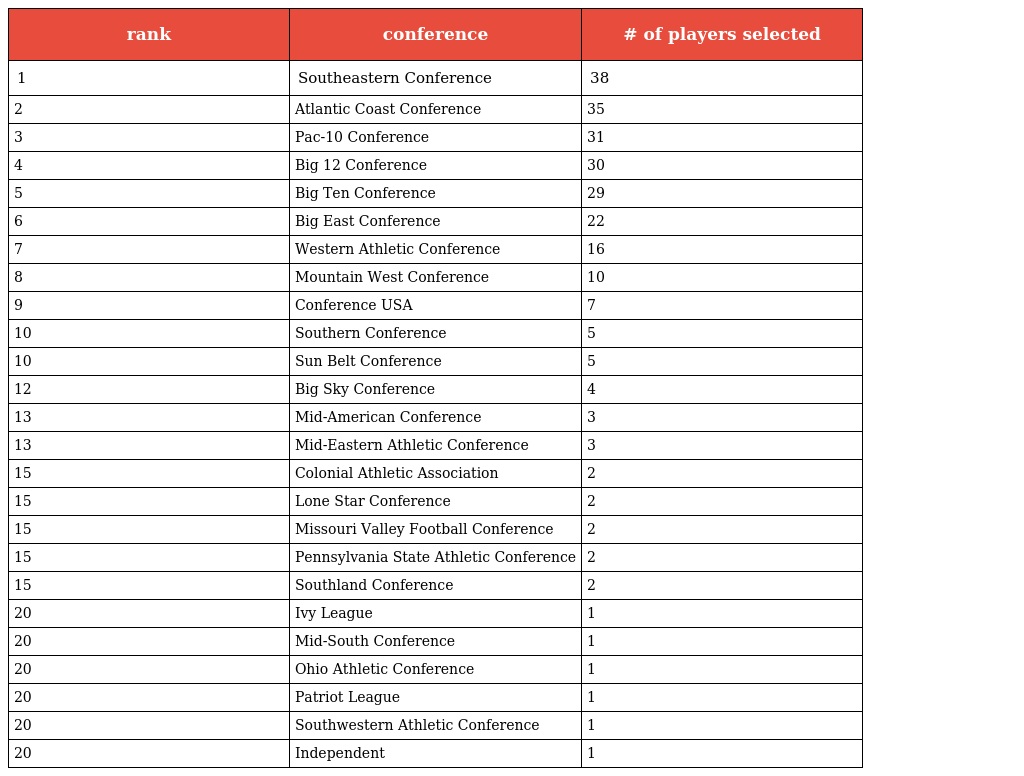
| rank | conference | # of players selected |
 | --- | --- | --- |
 | 1 | Southeastern Conference | 38 |
 | 2 | Atlantic Coast Conference | 35 |
 | 3 | Pac-10 Conference | 31 |
 | 4 | Big 12 Conference | 30 |
 | 5 | Big Ten Conference | 29 |
 | 6 | Big East Conference | 22 |
 | 7 | Western Athletic Conference | 16 |
 | 8 | Mountain West Conference | 10 |
 | 9 | Conference USA | 7 |
 | 10 | Southern Conference | 5 |
 | 10 | Sun Belt Conference | 5 |
 | 12 | Big Sky Conference | 4 |
 | 13 | Mid-American Conference | 3 |
 | 13 | Mid-Eastern Athletic Conference | 3 |
 | 15 | Colonial Athletic Association | 2 |
 | 15 | Lone Star Conference | 2 |
 | 15 | Missouri Valley Football Conference | 2 |
 | 15 | Pennsylvania State Athletic Conference | 2 |
 | 15 | Southland Conference | 2 |
 | 20 | Ivy League | 1 |
 | 20 | Mid-South Conference | 1 |
 | 20 | Ohio Athletic Conference | 1 |
 | 20 | Patriot League | 1 |
 | 20 | Southwestern Athletic Conference | 1 |
 | 20 | Independent | 1 |